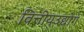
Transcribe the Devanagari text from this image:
वित्तीयउद्योग